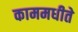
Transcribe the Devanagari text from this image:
काममधीते